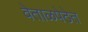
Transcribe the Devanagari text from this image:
वेताळपेठेत